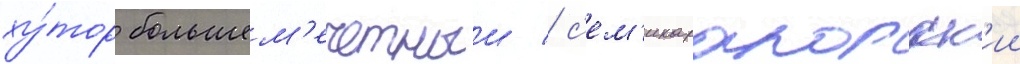
ху́тор большем'ечетныи / с'ем'икаракорск'ии